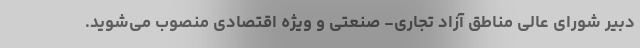
دبیر شورای عالی مناطق آزاد تجاری- صنعتی و ویژه اقتصادی منصوب می‌شوید.